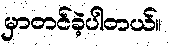
မှာတင်ခဲ့ပါတယ်။